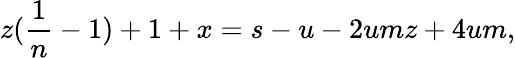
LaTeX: z(\frac{1}{n}-1)+1+x=s-u-2umz+4um,